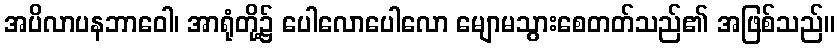
အပိလာပနဘာဝေါ၊ အာရုံတို့၌ ပေါလောပေါလော မျောမသွားစေတတ်သည်၏ အဖြစ်သည်။